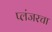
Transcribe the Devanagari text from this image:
प्लंजरचा